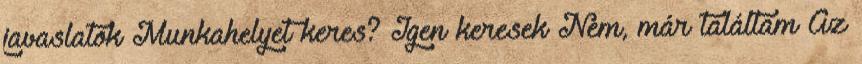
javaslatok Munkahelyet keres? Igen keresek Nem, már találtam Az